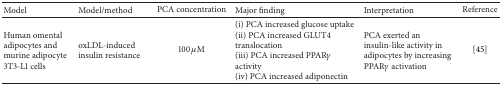
<table><thead><tr><td><b>Model</b></td><td><b>Model/method</b></td><td><b>PCA concentration</b></td><td><b>Major finding</b></td><td><b>Interpretation</b></td><td><b>Reference</b></td></tr></thead><tbody><tr><td>Human omental adipocytes and murine adipocyte 3T3-L1 cells</td><td>oxLDL-induced insulin resistance </td><td>100 <i>μ</i>M</td><td>(i) PCA increased glucose uptake(ii) PCA increased GLUT4 translocation(iii) PCA increased PPAR<i>γ</i> activity(iv) PCA increased adiponectin </td><td>PCA exerted an insulin-like activity in adipocytes by increasing PPAR<i>γ</i> activation</td><td>[45]</td></tr></tbody></table>